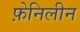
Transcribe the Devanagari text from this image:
फ़ेनिलीन